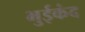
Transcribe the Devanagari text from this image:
भुईकंद